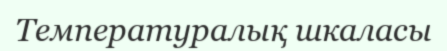
Температуралық шкаласы